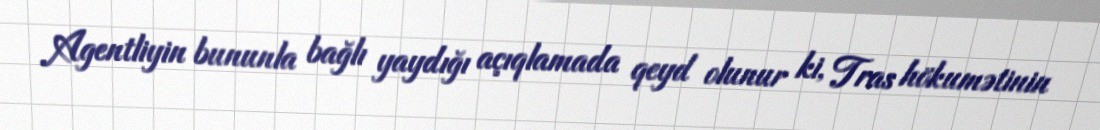
Agentliyin bununla bağlı yaydığı açıqlamada qeyd olunur ki, Tras hökumətinin